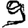
Digit: 9